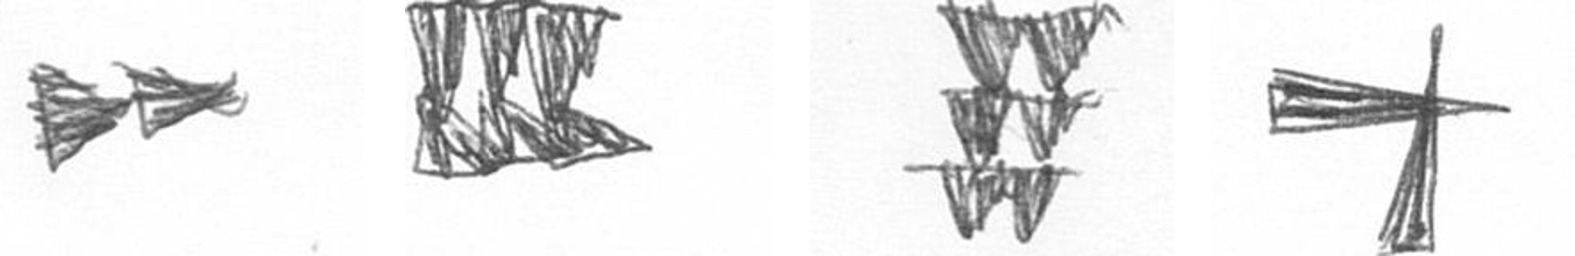
A D Y G